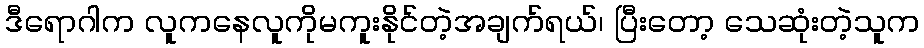
ဒီရောဂါက လူကနေလူကိုမကူးနိုင်တဲ့အချက်ရယ်၊ ပြီးတော့ သေဆုံးတဲ့သူက